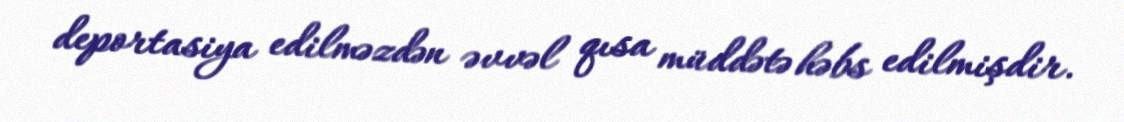
deportasiya edilməzdən əvvəl qısa müddətə həbs edilmişdir.